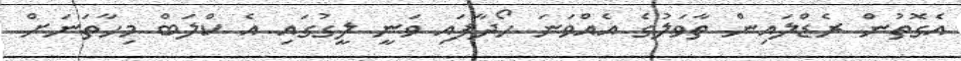
އެގޮތުން ރެޑްލައިން ތާވަލުގެ އެއްވަނަ ހޯދާފައި ވަނީ ލީގުގައި އެ ކްލަބް މިހާތަނަށް